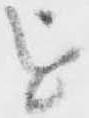
を